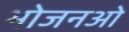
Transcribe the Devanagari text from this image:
भोजनओ